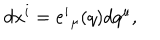
d x ^ { i } = e ^ { i } { } _ { \mu } ( q ) d q ^ { \mu } ,